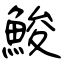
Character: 鮻